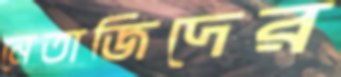
নেতাজিদের